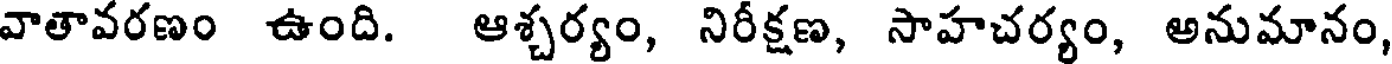
వాతావరణం ఉంది. ఆశ్చర్యం, నిరీక్షణ, సాహచర్యం, అనుమానం,